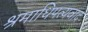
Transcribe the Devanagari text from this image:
श्रमाधिपत्यवाद